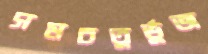
সমচতুর্ভুজ